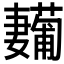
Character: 𱙳